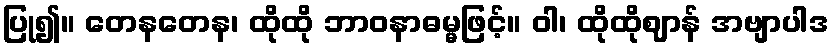
ပြု၍။ တေနတေန၊ ထိုထို ဘာဝနာဓမ္မဖြင့်။ ဝါ၊ ထိုထိုဈာန် အဗျာပါဒ